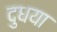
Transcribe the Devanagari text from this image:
दुधया